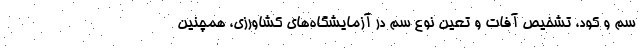
سم و کود، تشخیص آفات و تعین نوع سم در آزمایشگاه‌های کشاورزی، همچنین